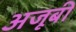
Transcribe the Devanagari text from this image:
अजूबी